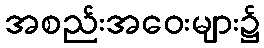
အစည်းအဝေးများ၌